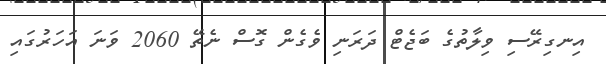
އިނގިރޭސި ވިލާތުގެ ބަޖެޓް ދަރަނި ވެގެން ގޮސް ނެތޭ 2060 ވަނަ އަހަރުގައި